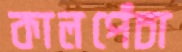
কালপেঁচা